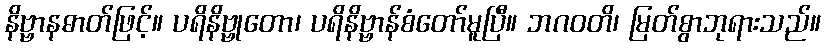
နိဗ္ဗာနဓာတ်ဖြင့်။ ပရိနိဗ္ဗုတော၊ ပရိနိဗ္ဗာန်စံတော်မူပြီ။ ဘဂဝတိ၊ မြတ်စွာဘုရားသည်။